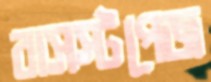
বাসস্টপেজ